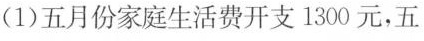
(1)五月份家庭生活费开支1300元，五